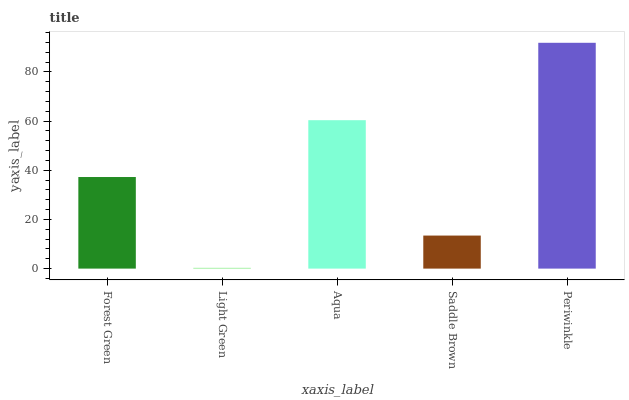
| xaxis_label | bars |
 | --- | --- |
 | Forest Green | 37.3 |
 | Light Green | 0.318 |
 | Aqua | 60.4 |
 | Saddle Brown | 13.4 |
 | Periwinkle | 91.9 |